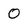
Character: 0